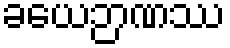
ခယေဉာဏဿ